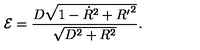
{ \cal E } = \frac { D \sqrt { 1 - { \dot { R } } ^ { 2 } + { R ^ { \prime } } ^ { 2 } } } { \sqrt { D ^ { 2 } + R ^ { 2 } } } .